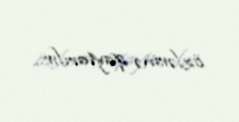
özlərinə qaytarılır...